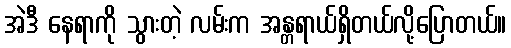
အဲဒီ နေရာကို သွားတဲ့ လမ်းက အန္တရာယ်ရှိတယ်လို့ပြောတယ်။